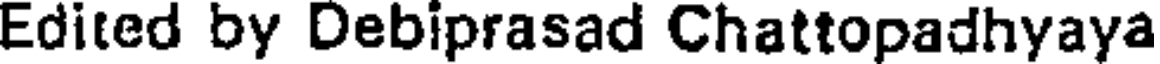
Edited by Debiprasad Chattopadhyaya